Indian Civil Veterinary Department memoirs
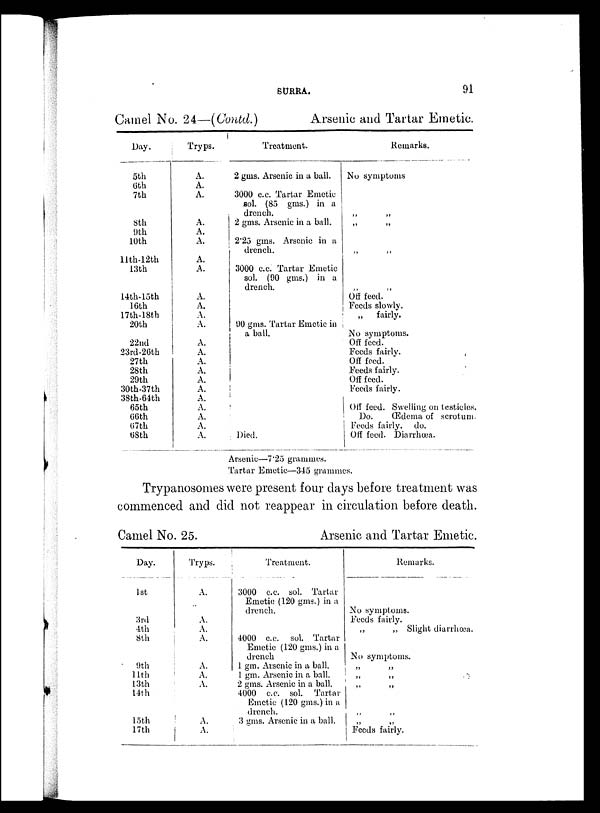
SURRA.
91
Camel No. 24—(Contd.)
Arsenic and Tartar Emetic.
Day.
5th
6th
7th
8th
9th
10th
11th-12th
13th
14th-15th
16th
17th-18th
20th
22nd
23rd-26th
27th
28th
29th
30th-37th
38th-64th
65th
66th
67th
68th
Tryps.
A.
A.
A.
A.
A.
A.
A.
A.
A.
A.
A.
A.
A.
A.
A.
A.
A.
A.
A.
A.
A.
A.
A.
Treatment.
2 gms. Arsenic in a ball.
3000 c.c. Tartar Emetic
sol. (85 gms.) in a
drench.
2 gms. Arsenic in a ball.
2'25 gms. Arsenic in a
drench.
3000 c.c. Tartar Emetic
sol. (90 gms.) in a
drench.
90 gms. Tartar Emetic in
a ball.
Died.
Remarks.
No symptoms
„ „
„ „
„ „
„ „
Off feed.
Feeds slowly.
„
fairly.
No symptoms.
Off feed.
Feeds fairly.
Off feed.
Feeds fairly.
Off feed.
Feeds fairly.
Off feed. Swelling on testicles.
Do. Œdema of scrotum.
Feeds fairly. do.
Off feed. Diarrhœa.
Arsenic—7.25 grammes.
Tartar Emetic—345 grammes.
Trypanosomes were present four days before treatment was
commenced and did not reappear in circulation before death.
Camel No. 25.
Day.
1st
3rd
4th
8th
9th
11th
13th
14th
15th
17th
Tryps.
A.
A.
A.
A.
A.
A.
A.
A.
A.
Arsenic and Tartar Emetic.
Treatment.
3000 c.c. sol. Tartar
Emetic (120 gms.) in a
drench.
4000 c.c. sol. Tartar
Emetic (120 gms.) in a
drench
1 gm. Arsenic in a ball.
1 gm. Arsenic in a ball.
2 gms. Arsenic in a ball.
4000 c.c. sol. Tartar
Emetic (120 gms.) in a
drench.
3 gms. Arsenic in a ball.
Remarks.
No symptoms.
Feeds fairly.
„
„ Slight diarrhœa.
No symptoms.
„ „
„ „
„ „
„ „
„ „
Feeds fairly.